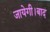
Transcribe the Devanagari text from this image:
जायेगी।बाद